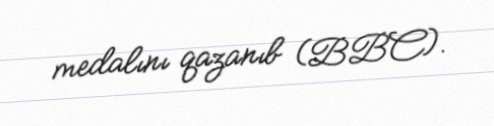
medalını qazanıb (BBC).